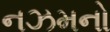
નઝમનો